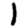
Digit: 1